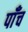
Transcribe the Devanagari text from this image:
पाँँच